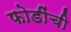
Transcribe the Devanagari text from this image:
फोडींची